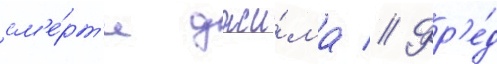
см'е́рт'и джи́ма // Фр'е́д